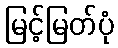
မြင့်မြတ်ပုံ